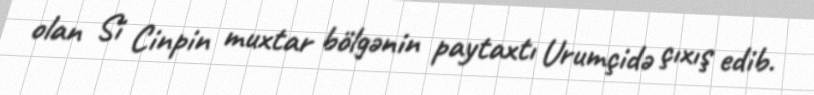
olan Si Cinpin muxtar bölgənin paytaxtı Urumçidə çıxış edib.